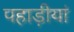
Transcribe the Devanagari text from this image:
पहाड़ीयां